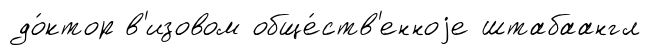
до́ктор в'изовом обще́ств'енноjе штабаангл